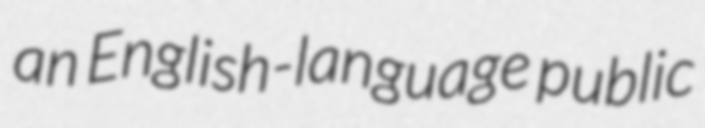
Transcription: an English-language public